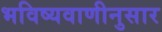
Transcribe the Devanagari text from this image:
भविष्यवाणीनुसार